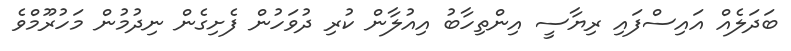
ބަދަލެއް އައިސްފައި ރިޔާސީ އިންތިހާބު އިއުލާން ކުރި ދުވަހުން ފެށިގެން ނިދުމުން މަހުރޫމްވެ